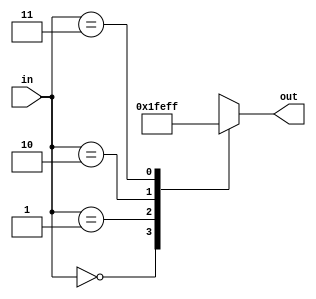
`timescale 1ns / 1ps
module sign_extension(
	input [1:0] in,
	output [7:0] out
    );
	 reg[7:0] temp_out;
	 assign out = temp_out;
	 
	 always @(*) begin
		 case (in)
			2'b00: temp_out = 8'b00000000;
			2'b01: temp_out = 8'b00000001;
			2'b10: temp_out = 8'b11111110;
			2'b11: temp_out = 8'b11111111;
		 endcase
  end

endmodule